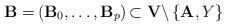
LaTeX: \begin{align*}\mathbf{B=}\left( \mathbf{B}_{0},\dots ,\mathbf{B}_{p}\right) \mathbf{\subset V\backslash }\left\{ \mathbf{A},Y\right\} \end{align*}